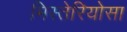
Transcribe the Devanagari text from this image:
मिस्तेरियोसा